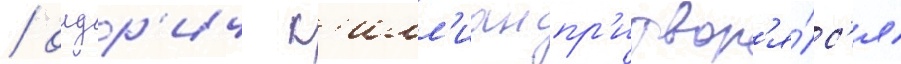
/ олдр'ич к'илл'иан пр'итвор'я́лс'я